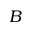
B